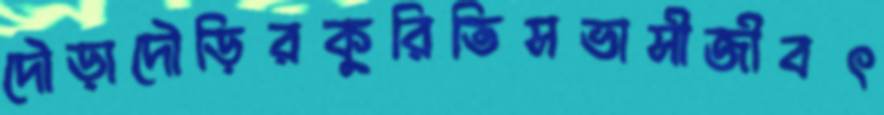
দৌড়াদৌড়িরকুরিতিসভাসীজীবৎ